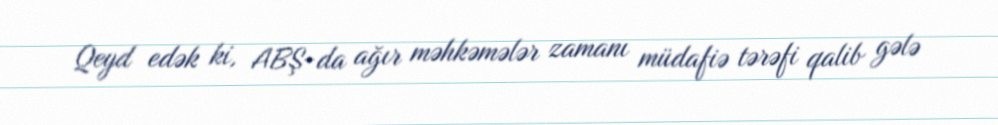
Qeyd edək ki, ABŞ-da ağır məhkəmələr zamanı müdafiə tərəfi qalib gələ